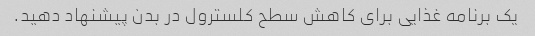
یک برنامه غذایی برای کاهش سطح کلسترول در بدن پیشنهاد دهید.